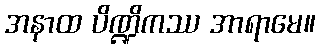
အနာထ ပိဏ္ဍိကဿ အာရာမေ။